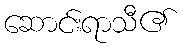
ဆောင်းရာသီ၏